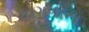
કાગળોના